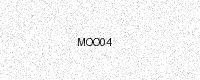
Text: MOO04